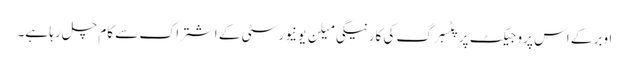
اوبر کے اس پروجیکٹ پر پٹسبرگ کی کارنیگی میلن یونیورسٹی کے اشتراک سے کام چل رہا ہے۔